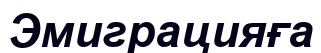
Эмиграцияға